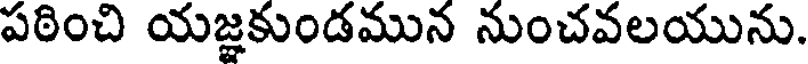
పఠించి యజ్ఞకుండమున నుంచవలయును.